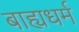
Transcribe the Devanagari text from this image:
बाह्यधर्म